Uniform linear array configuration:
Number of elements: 16
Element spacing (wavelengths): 0.5
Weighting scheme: binomial
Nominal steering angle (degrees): -15
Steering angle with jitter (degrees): -16.307
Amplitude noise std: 0.05
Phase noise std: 0.05

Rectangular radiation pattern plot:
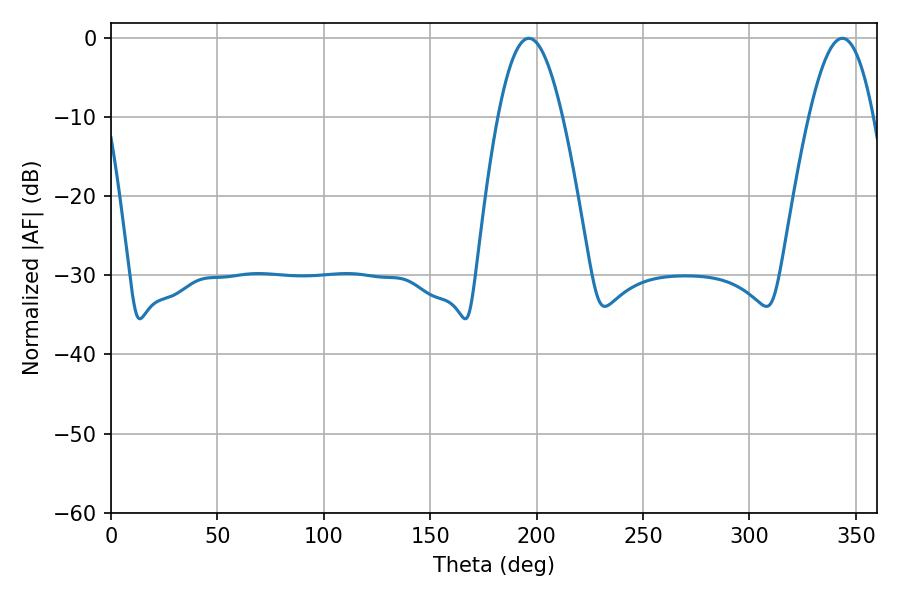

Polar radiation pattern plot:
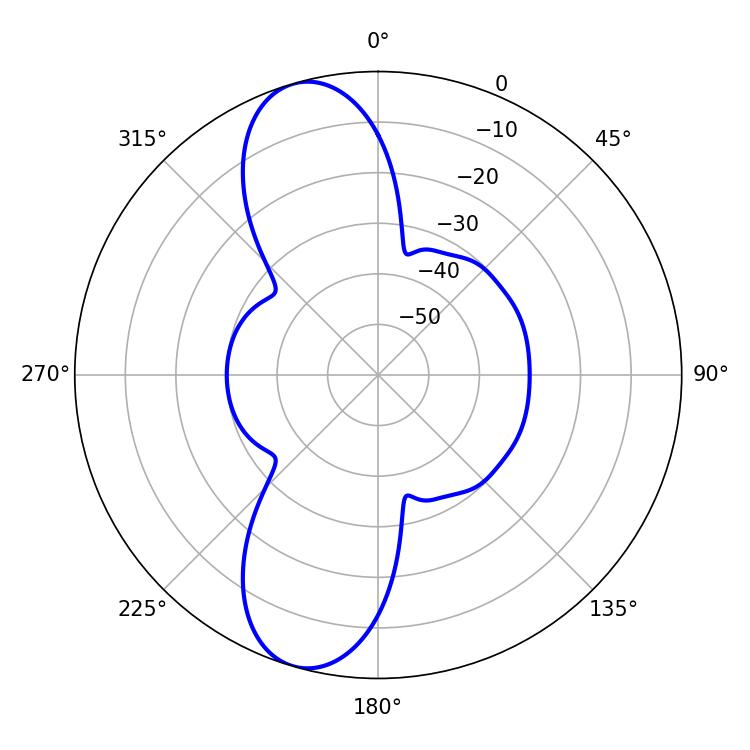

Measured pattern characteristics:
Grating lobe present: FALSE
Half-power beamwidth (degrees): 16.56
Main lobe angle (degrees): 196.38